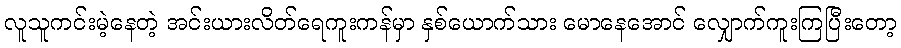
လူသူကင်းမဲ့နေတဲ့ အင်းယားလိတ်ရေကူးကန်မှာ နှစ်ယောက်သား မောနေအောင် လျှောက်ကူးကြပြီးတော့